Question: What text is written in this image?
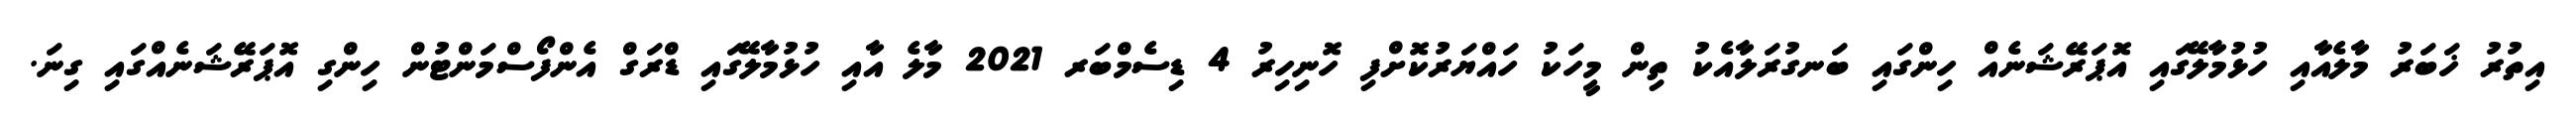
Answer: އިތުރު ޚަބަރު މާލެއާއި ހުޅުމާލޭގައި އޮޕަރޭޝަނެއް ހިންގައި ބަނގުރަލާއެކު ތިން މީހަކު ހައްޔަރުކޮށްފި ހޮނިހިރު 4 ޑިސެމްބަރ 2021 މާލެ އާއި ހުޅުމާލޭގައި ޑްރަގް އެންފޯސްމަންޓުން ހިންގި އޮޕަރޭޝަނެއްގައި ގިނަ.